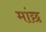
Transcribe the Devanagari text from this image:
मांछ